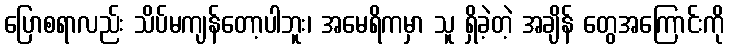
ပြောစရာလည်း သိပ်မကျန်တော့ပါဘူး၊ အမေရိကမှာ သူ ရှိခဲ့တဲ့ အချိန် တွေအကြောင်းကို